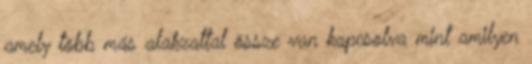
amely több más alakzattal össze van kapcsolva mint amilyen